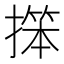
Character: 𱠬